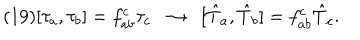
LaTeX: ( 1 9 ) [ \tau _ { a } , \tau _ { b } ] = f _ { a b } ^ { c } \tau _ { c } \; \; \rightarrow \; \; [ \hat { T } _ { a } , \hat { T } _ { b } ] = f _ { a b } ^ { c } \hat { T } _ { c } .